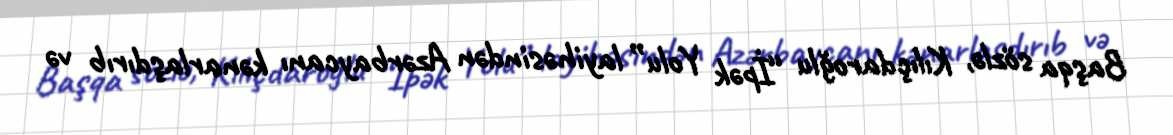
Başqa sözlə, Kılıçdaroğlu “İpək Yolu” layihəsindən Azərbaycanı kənarlaşdırıb və